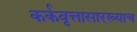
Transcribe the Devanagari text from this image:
कर्कवृत्तासारख्याच